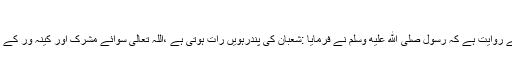
“(البزار، مجمع الزوائد)
حضرت ابوہریر ہ رضی اللہ عنہ سے روایت ہے کہ رسول صلى الله عليه وسلم نے فرمایا :شعبان کی پندرہویں رات ہوتی ہے ،اللہ تعالیٰ سوائے مشرک اور کینہ ور کے باقی سب کی مغفرت فرما دیتے ہیں۔